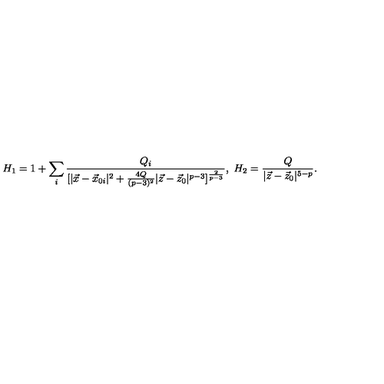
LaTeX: H _ { 1 } = 1 + \sum _ { i } { \frac { Q _ { i } } { [ | \vec { x } - \vec { x } _ { 0 i } | ^ { 2 } + { \frac { 4 Q } { ( p - 3 ) ^ { 2 } } } | \vec { z } - \vec { z } _ { 0 } | ^ { p - 3 } ] ^ { \frac { 2 } { p - 3 } } } } , \ H _ { 2 } = { \frac { Q } { | \vec { z } - \vec { z } _ { 0 } | ^ { 5 - p } } } .